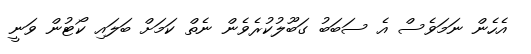
އެހެން ނަމަވެސް އެ ސަބަބު ގަބޫލުކުރެވެން ނެތް ކަމަށް ބަލައި ކޯޓުން ވަނީ